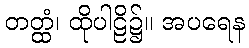
တတ္ထံ၊ ထိုပါဠိ၌။ အပရေန